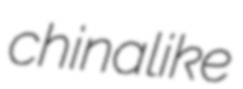
chinalike